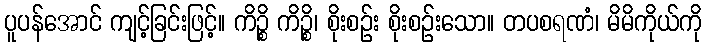
ပူပန်အောင် ကျင့်ခြင်းဖြင့်။ ကိဉ္စိ ကိဉ္စိ၊ စိုးစဉ်း စိုးစဉ်းသော။ တပစရဏံ၊ မိမိကိုယ်ကို